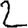
Digit: 2